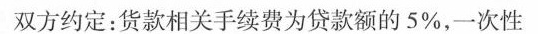
双方约定：货款相关手续费为贷款额的5%，